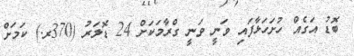
ބޮޑު އަގެއް ހުށަހަޅާފައި ވަނީ ވަނީ ގްރާމަކަށް 24 ޑޮލަރު (370ރ.) ކަމަށް